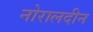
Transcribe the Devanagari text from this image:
नोरालदीन